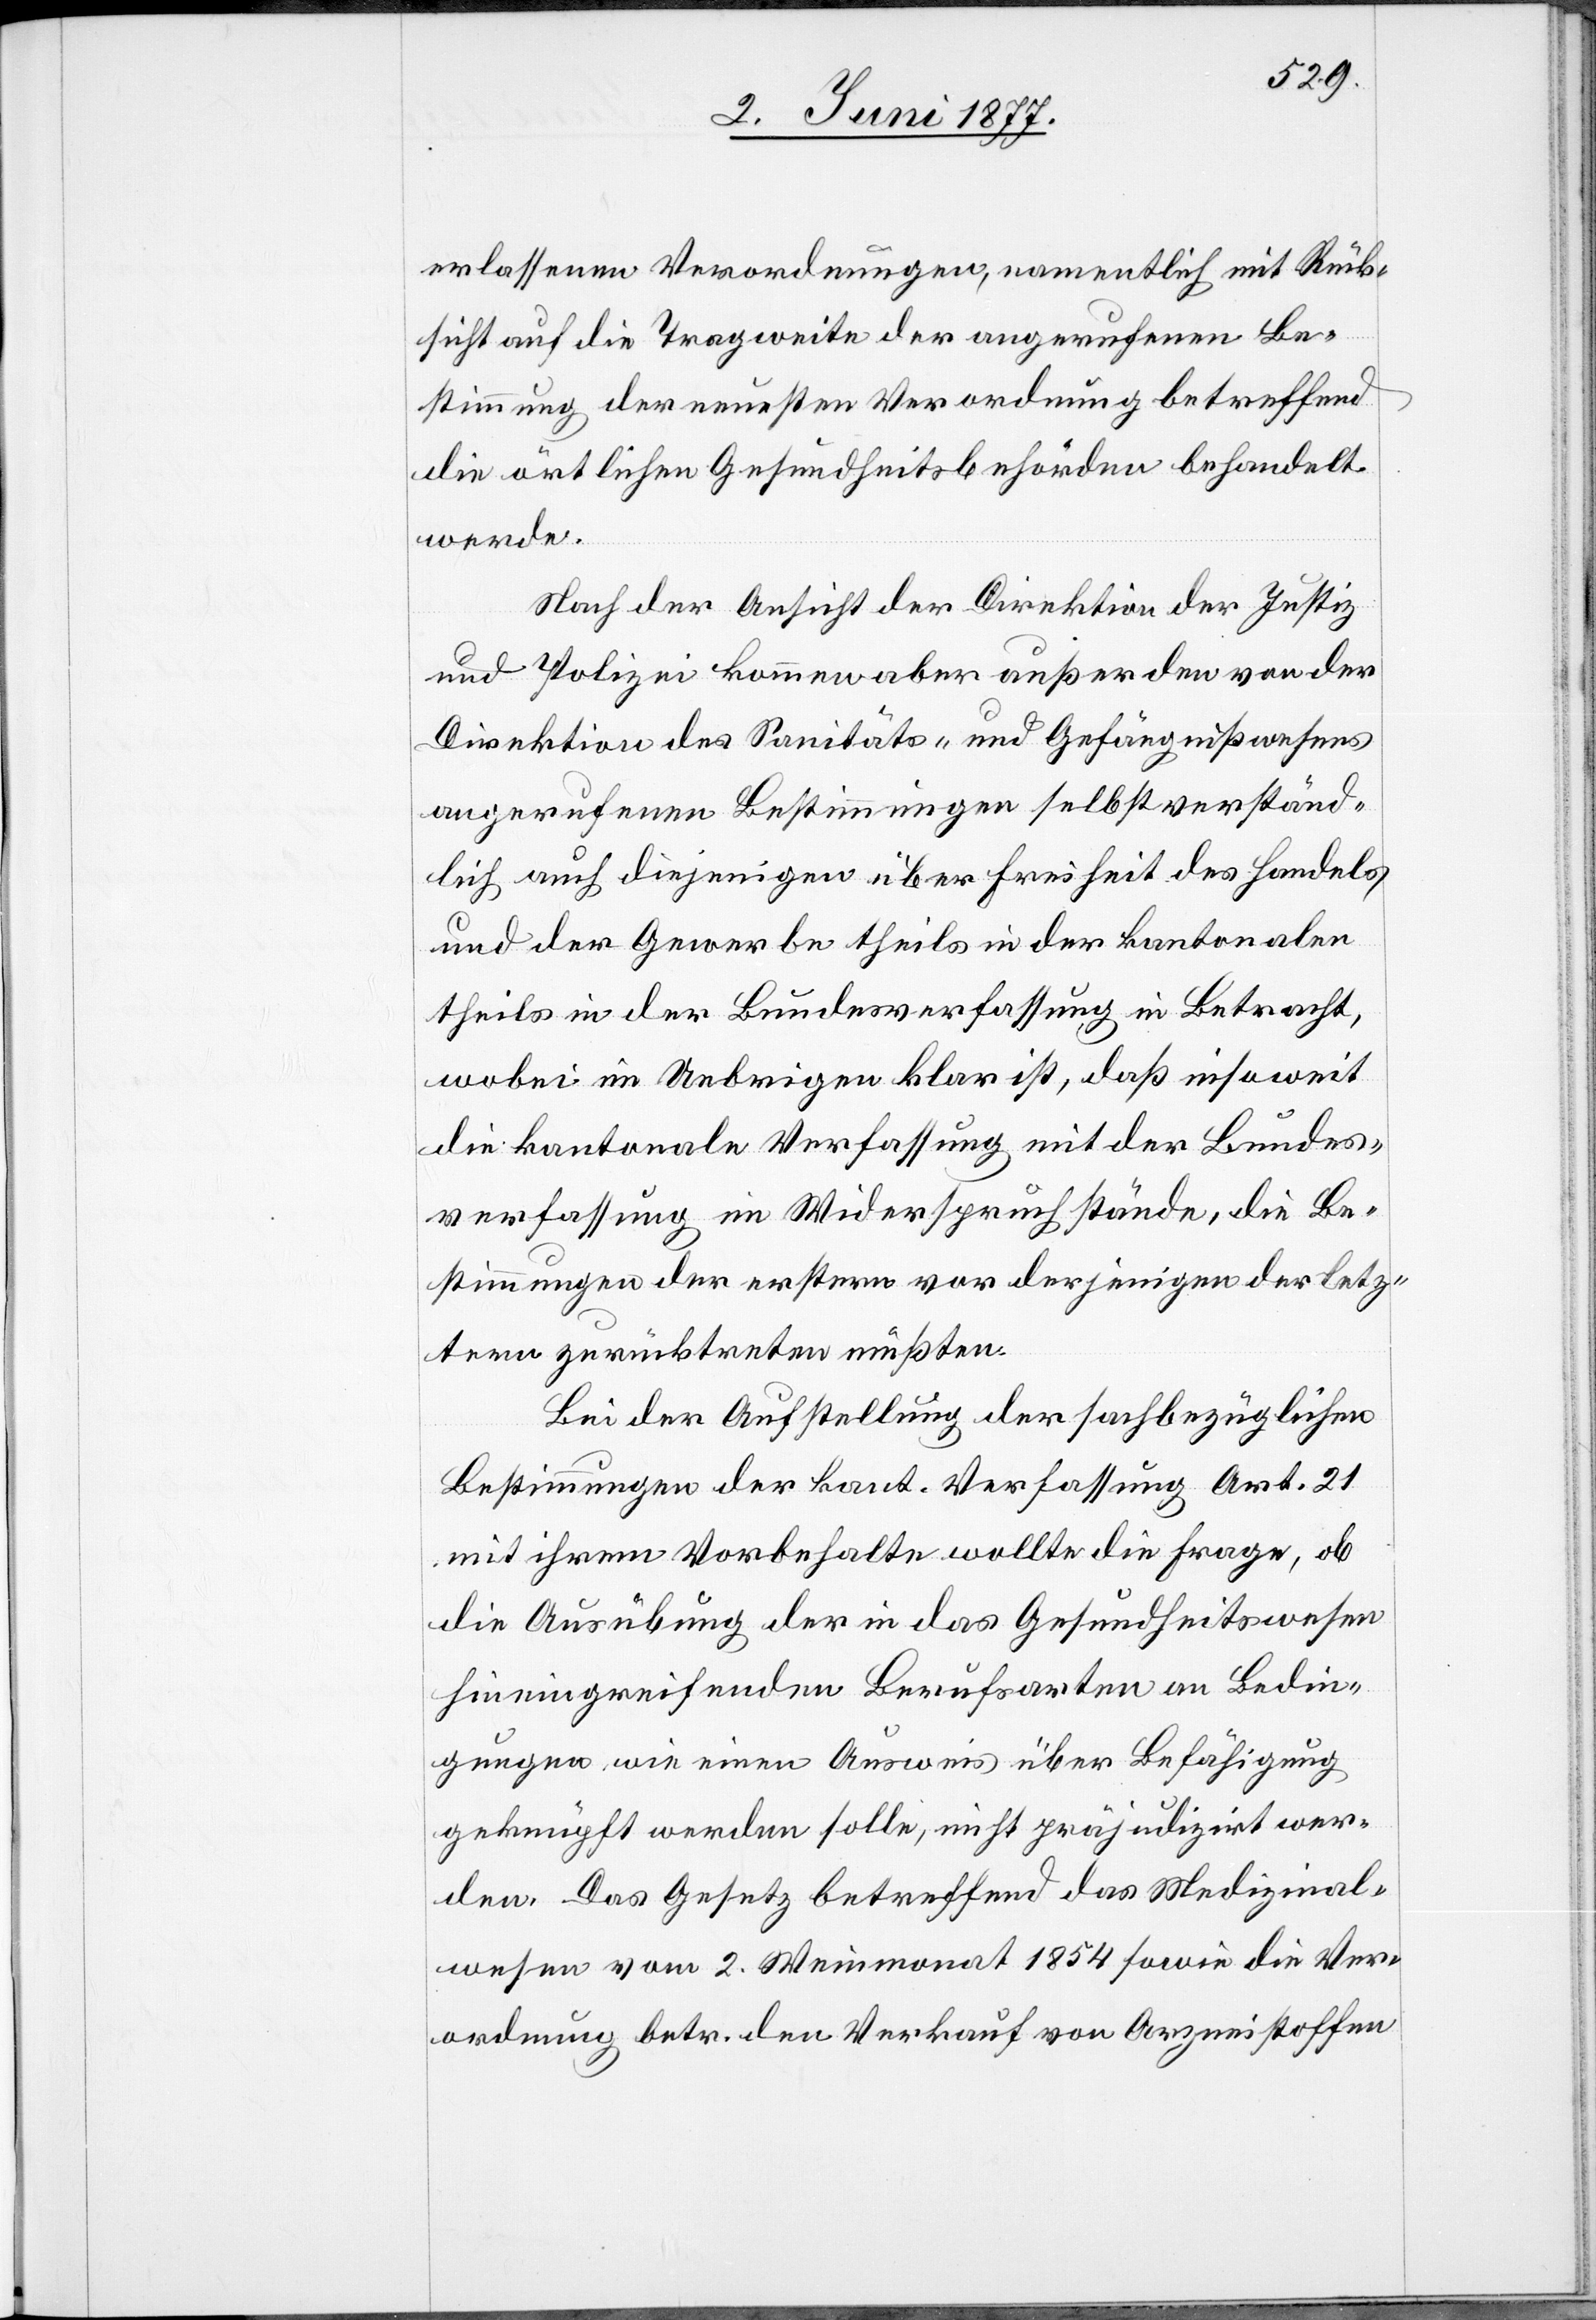
erlassenen Verordnungen, namentlich mit Rück¬
sicht auf die Tragweite der angerufenen Be¬
stimmung der neuesten Verordnung betreffend
die örtlichen Gesundheitsbehörden behandelt
werde.
Nach der Ansicht der Direktion der Justiz
und Polizei kommen aber außer den von der
Direktion des Sanitäts- und Gefängnißwesens
angerufenen Bestimmungen selbstverständ¬
lich auch diejenigen über die Freiheit des Handels,
und der Gewerbe theils in der kantonalen,
theils in der Bundesverfassung in Betracht,
wobei im Uebrigen klar ist, daß insoweit
die kantonale Verfassung mit der Bundes¬
verfassung im Widerspruch stände, die Be¬
stimmungen der erstern vor derjenigen [recte:
letztern zurücktreten müßten.
Bei der Aufstellung der sachbezüglichen
Bestimmungen der kant. Verfassung Art. 21
mit ihrem Vorbehalte wollte die Frage, ob
die Ausübung der in das Gesundheitswesen
hineingreifenden Berufsarten an Bedin¬
gungen wie einen Ausweis über Befähigung
geknüpft werden sollte, nicht präjudizirt wer¬
den. Das Gesetz betreffend das Medizinal¬
wesen vom 2. Weinmonat 1854 sowie die Ver¬
ordnung betr. den Verkauf von Arzneistoffen